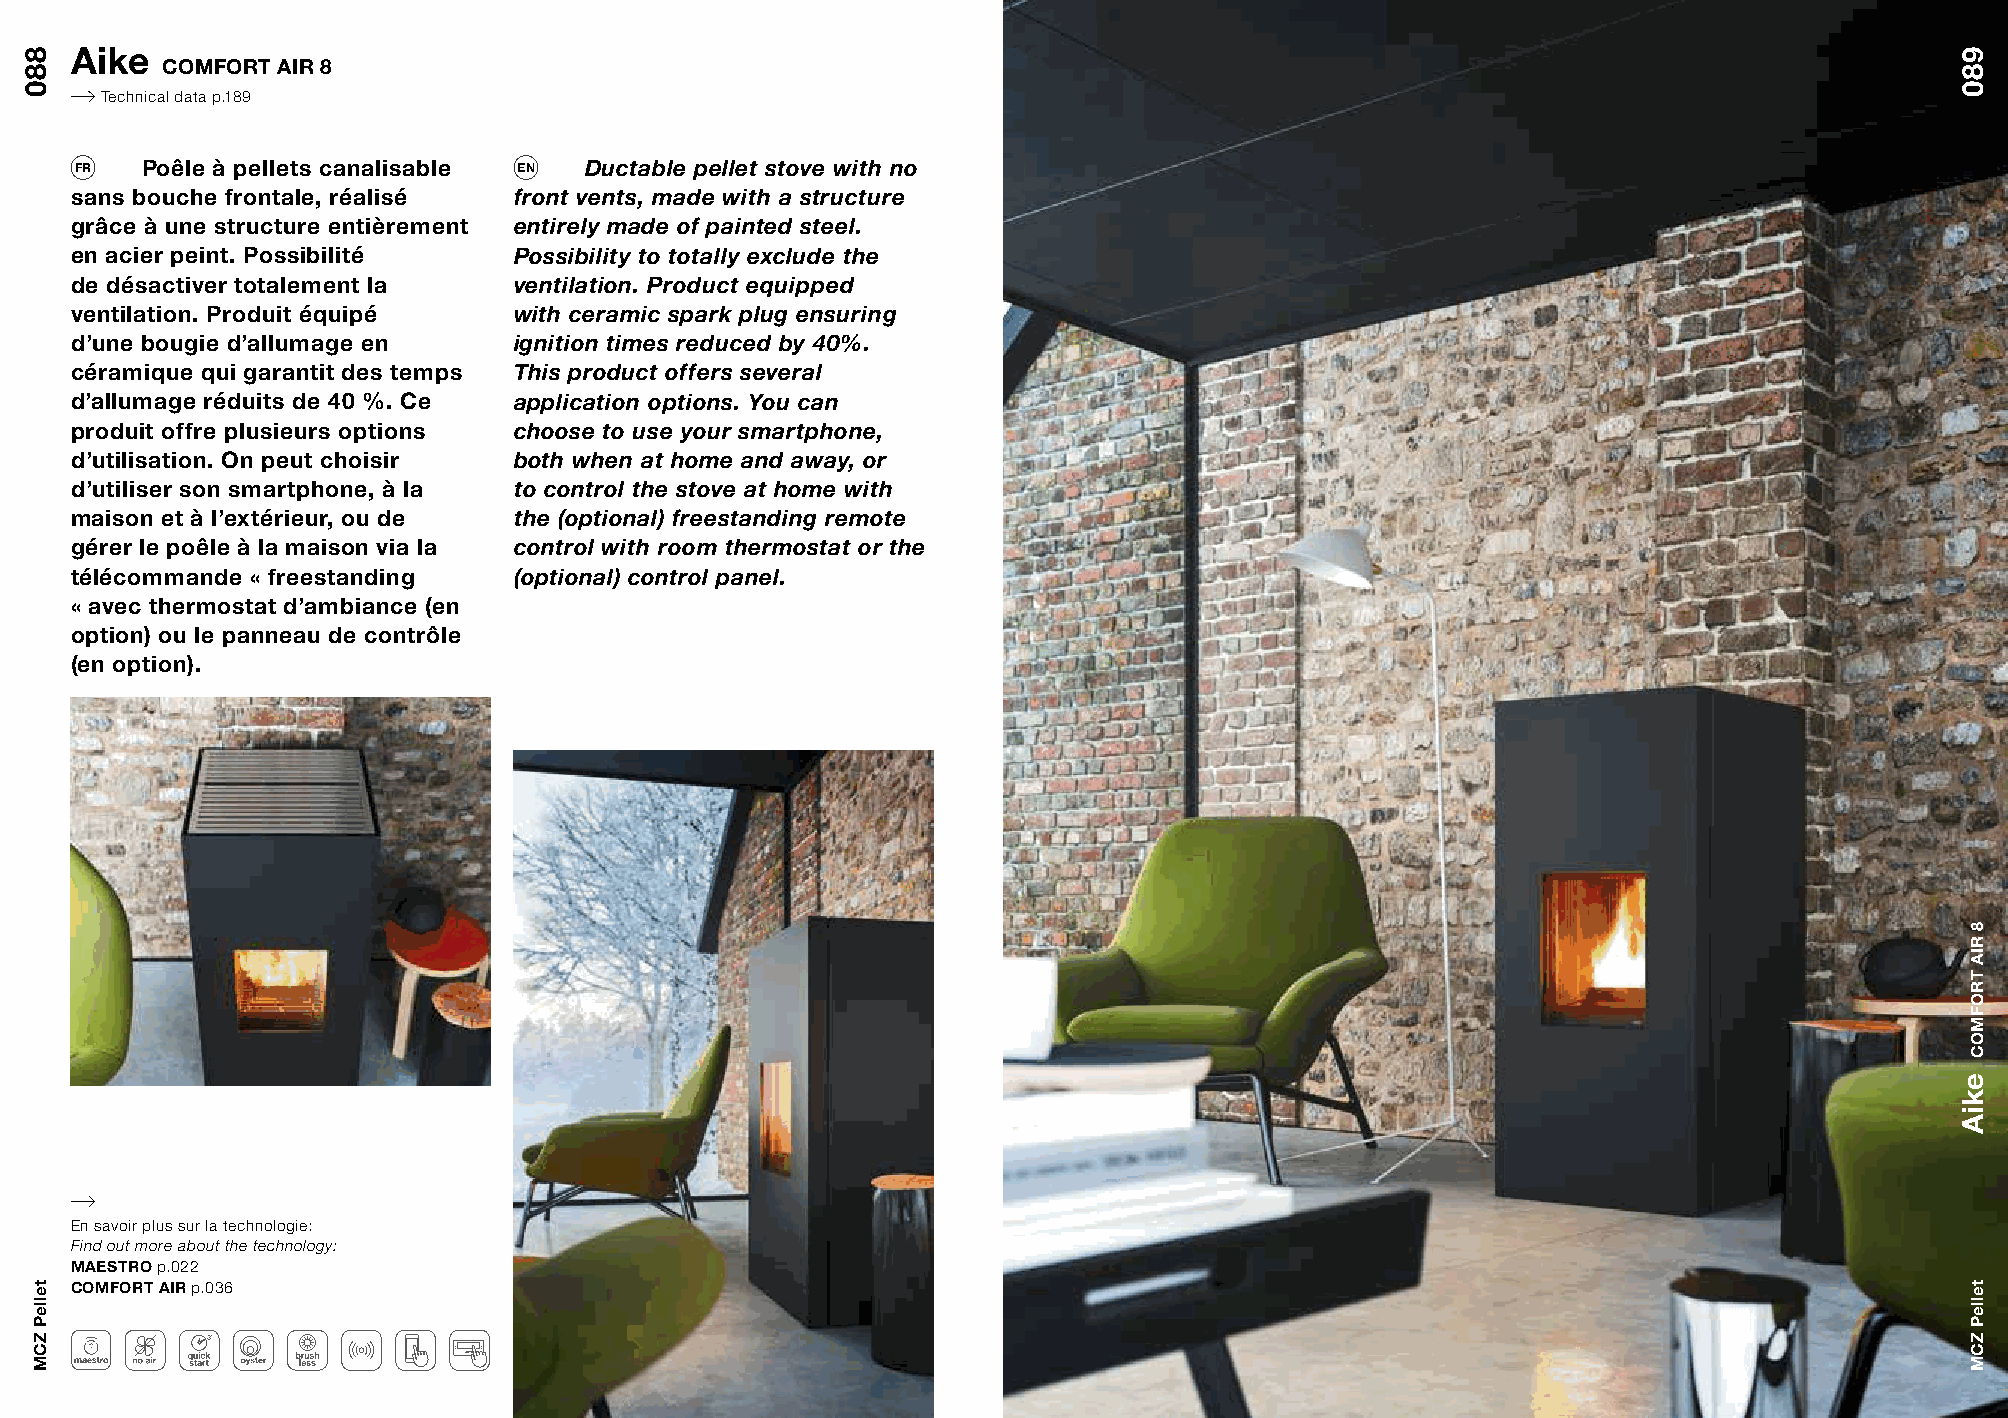
Aike
 COMFORT AIR 8
 Technical data p.189
 FR  Poêle à pellets canalisable EN Ductable pellet stove with no
 sans bouche frontale, réalisé front vents, made with a structure
 grâce à une structure entièrement entirely made of painted steel.
 en acier peint. Possibilité  Possibility to totally exclude the
 de désactiver totalement la  ventilation. Product equipped
 ventilation. Produit équipé  with ceramic spark plug ensuring
 d’une bougie d’allumage en   ignition times reduced by 40%.
 céramique qui garantit des temps This product offers several
 d’allumage réduits de 40 %. Ce application options. You can
 produit offre plusieurs options choose to use your smartphone,
 d’utilisation. On peut choisir both when at home and away, or
 d’utiliser son smartphone, à la to control the stove at home with
 maison et à l’extérieur, ou de the (optional) freestanding remote
 gérer le poêle à la maison via la control with room thermostat or the
 télécommande « freestanding  (optional) control panel.
 « avec thermostat d’ambiance (en
 option) ou le panneau de contrôle
 (en option).
 En savoir plus sur la technologie:
 Find out more about the technology:
 MAESTRO p.022
 COMFORT AIR p.036
 880
 telleP
 ZCM
 980
 ekiA
 8
 RIA
 TROFMOC
 telleP
 ZCM